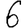
Digit: 6